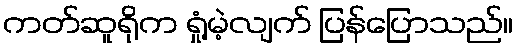
ကတ်ဆူရိုက ရှုံ့မဲ့လျက် ပြန်ပြောသည်။